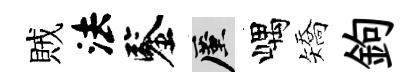
賊法鑒厪嵎矯鉤